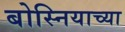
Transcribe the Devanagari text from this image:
बोस्नियाच्या